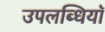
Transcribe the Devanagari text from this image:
उपलब्धियॉ